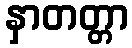
နှာတတ္တာ